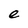
Character: e